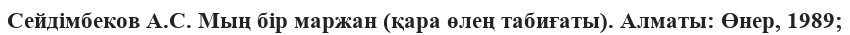
Сейдімбеков А.С. Мың бір маржан (қара өлең табиғаты). Алматы: Өнер, 1989;